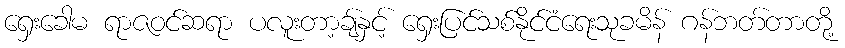
ရှေးခေါမ ရာဇဝင်ဆရာ ပလူးတာ့ချ်နှင့် ရှေးပြင်သစ်နိုင်ငံရေးသုခမိန် ဂန်ဘတ်တာတို့